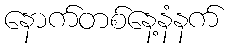
နောက်တစ်နေ့နံနက်